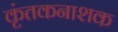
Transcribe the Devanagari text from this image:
कृंतकनाशक